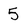
Character: 5